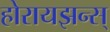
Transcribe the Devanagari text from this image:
होरायझन्स्